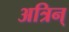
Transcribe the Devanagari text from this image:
अत्रिन्